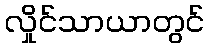
လှိုင်သာယာတွင်